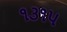
૧૩૧૫